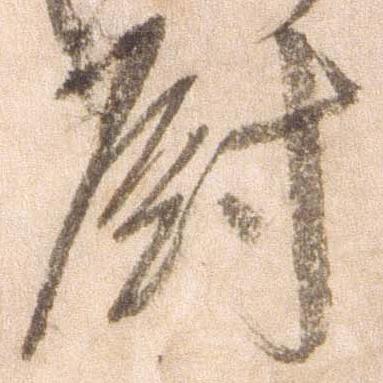
厨